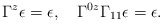
\begin{align*}\Gamma^z\epsilon=\epsilon,\quad\Gamma^{0z}\Gamma_{11}\epsilon=\epsilon.\end{align*}